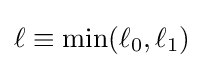
\ell \equiv \min(\ell _{0},\ell _{1})